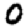
Digit: 0